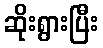
ဆိုးရွားပြီး